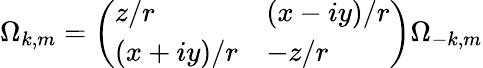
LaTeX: \Omega_{k,m}={\left(\begin{array}{ll}{z/r}&{(x-iy)/r}\\ {(x+iy)/r}&{-z/r}\end{array}\right)}\Omega_{-k,m}